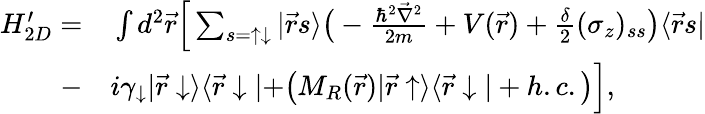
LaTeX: \begin{array}{rl}{H_{2D}^{\prime}=}&{{}\int d^{2}\vec{r}\Big[\sum_{s=\uparrow\downarrow}|\vec{r}s\rangle\bigr(-\frac{\hbar^{2}\vec{\nabla}^{2}}{2m}+V(\vec{r})+\frac{\delta}{2}(\sigma_{z})_{ss}\bigr)\langle\vec{r}s|}\\ {-}&{{}i\gamma_{\downarrow}|\vec{r}\downarrow\rangle\langle\vec{r}\downarrow|+\bigr(M_{R}(\vec{r})|\vec{r}\uparrow\rangle\langle\vec{r}\downarrow|+h.c.\bigr)\Big],}\end{array}